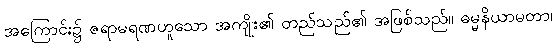
အကြောင်း၌ ဇရာမရဏဟူသော အကျိုး၏ တည်သည်၏ အဖြစ်သည်။ ဓမ္မနိယာမတာ၊